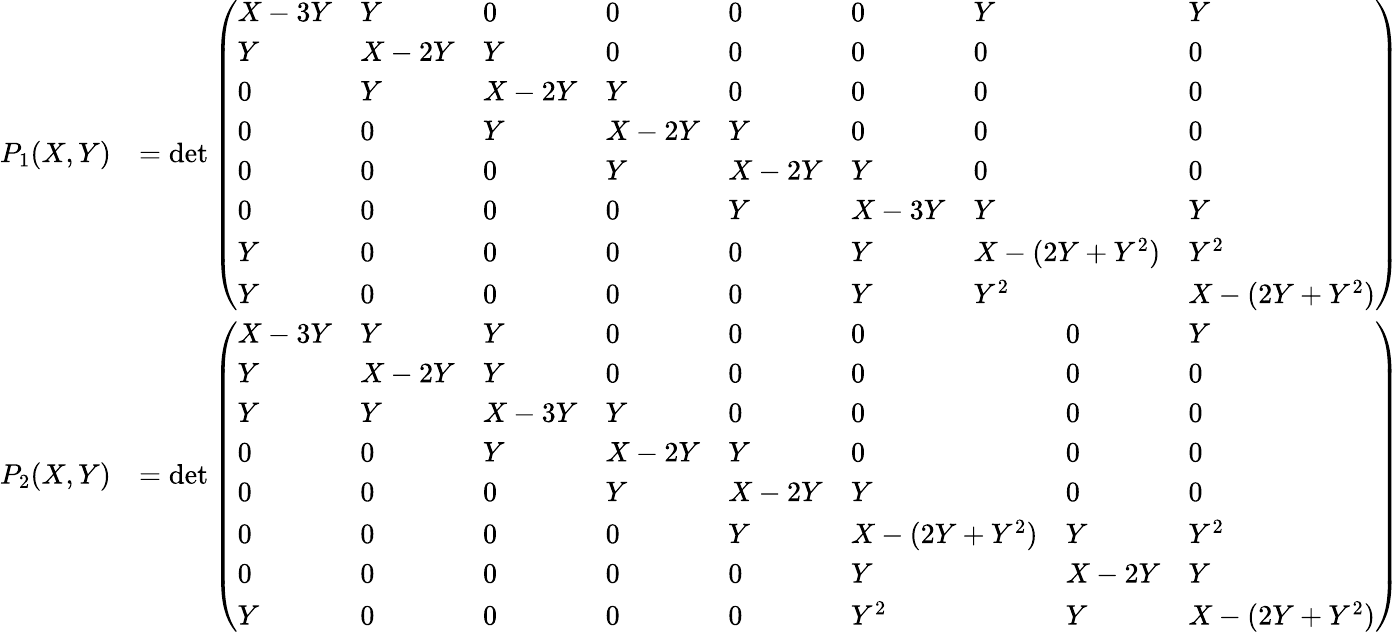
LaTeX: \begin{array}{rl}{P_{1}(X,Y)}&{=\operatorname*{det}\left(\begin{array}{llllllll}{X-3Y}&{Y}&{0}&{0}&{0}&{0}&{Y}&{Y}\\ {Y}&{X-2Y}&{Y}&{0}&{0}&{0}&{0}&{0}\\ {0}&{Y}&{X-2Y}&{Y}&{0}&{0}&{0}&{0}\\ {0}&{0}&{Y}&{X-2Y}&{Y}&{0}&{0}&{0}\\ {0}&{0}&{0}&{Y}&{X-2Y}&{Y}&{0}&{0}\\ {0}&{0}&{0}&{0}&{Y}&{X-3Y}&{Y}&{Y}\\ {Y}&{0}&{0}&{0}&{0}&{Y}&{X-(2Y+Y^{2})}&{Y^{2}}\\ {Y}&{0}&{0}&{0}&{0}&{Y}&{Y^{2}}&{X-(2Y+Y^{2})}\end{array}\right)}\\ {P_{2}(X,Y)}&{=\operatorname*{det}\left(\begin{array}{llllllll}{X-3Y}&{Y}&{Y}&{0}&{0}&{0}&{0}&{Y}\\ {Y}&{X-2Y}&{Y}&{0}&{0}&{0}&{0}&{0}\\ {Y}&{Y}&{X-3Y}&{Y}&{0}&{0}&{0}&{0}\\ {0}&{0}&{Y}&{X-2Y}&{Y}&{0}&{0}&{0}\\ {0}&{0}&{0}&{Y}&{X-2Y}&{Y}&{0}&{0}\\ {0}&{0}&{0}&{0}&{Y}&{X-(2Y+Y^{2})}&{Y}&{Y^{2}}\\ {0}&{0}&{0}&{0}&{0}&{Y}&{X-2Y}&{Y}\\ {Y}&{0}&{0}&{0}&{0}&{Y^{2}}&{Y}&{X-(2Y+Y^{2})}\end{array}\right)}\end{array}